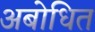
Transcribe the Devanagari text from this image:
अबोधित